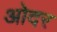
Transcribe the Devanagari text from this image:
ओदर